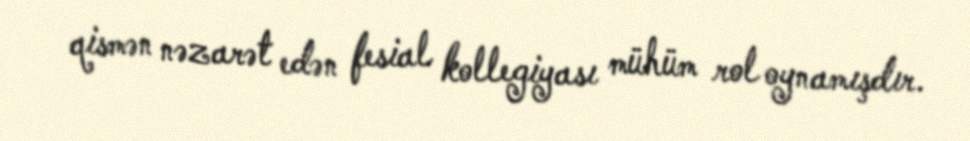
qismən nəzarət edən fesial kollegiyası mühüm rol oynamışdır.